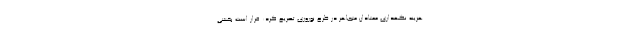
هزینه نگهداری معتادان متجاهر در طرح نوروزی تصریح کرد: قرار است بخشی